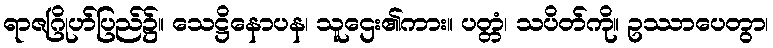
ရာဇဂြိုဟ်ပြည်၌။ သေဋ္ဌိနောပန၊ သူဌေး၏ကား။ ပတ္တံ၊ သပိတ်ကို။ ဥဿာပေတွာ၊